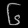
Digit: ၆